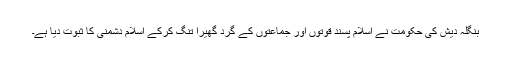
بنگلہ دیش کی حکومت نے اسلام پسند قوتوں اور جماعتوں کے گرد گھیرا تنگ کرکے اسلام دشمنی کا ثبوت دیا ہے۔